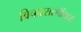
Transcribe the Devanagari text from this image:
विचारसरणींमध्ये